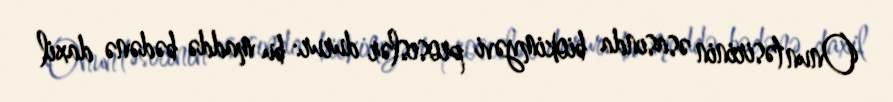
Onun təsirinin əsasında biokimyəvi proseslər durur: bu maddə bədənə daxil